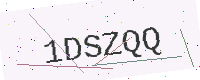
Text: 1DSZQQ